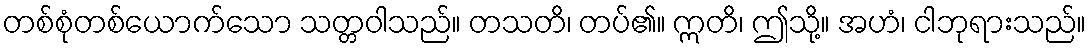
တစ်စုံတစ်ယောက်သော သတ္တဝါသည်။ တသတိ၊ တပ်၏။ ဣတိ၊ ဤသို့။ အဟံ၊ ငါဘုရားသည်။